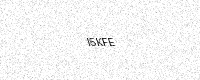
Text: I5KFE